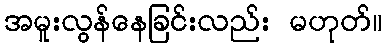
အမူးလွန်နေခြင်းလည်း မဟုတ်။